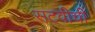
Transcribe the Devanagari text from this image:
सटवीची